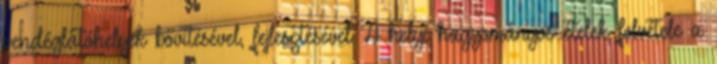
vendéglátóhelyek bővítésével, fejlesztésével. A helyi hagyományos ételek felvétele a